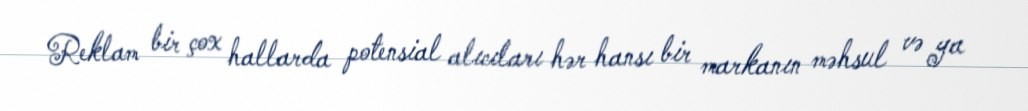
Reklam bir çox hallarda potensial alıcıları hər hansı bir markanın məhsul və ya